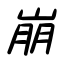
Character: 崩